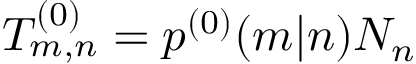
\begin{array} { r } { T _ { m , n } ^ { ( 0 ) } = p ^ { ( 0 ) } ( m | n ) N _ { n } } \end{array}